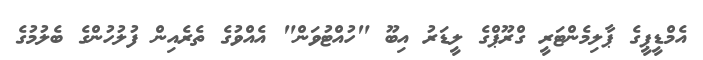
އެމްޑީޕީގެ ޕާލިމެންޓަރީ ގްރޫޕްގެ ލީޑަރު އިބޫ "ހުއްޓުވަން" އެއްވުގެ ތެރެއިން ފުލުހުންގެ ބެލުމުގެ